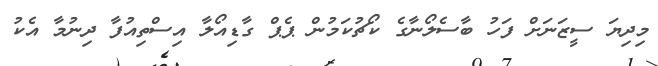
މިދިޔަ ސީޒަނަށް ފަހު ބާސެލޯނާގެ ކޯޗުކަމުން ޕެޕް ގާޑިއޯލާ އިސްތިއުފާ ދިނުމާ އެކު